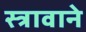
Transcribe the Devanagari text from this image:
स्त्रावाने